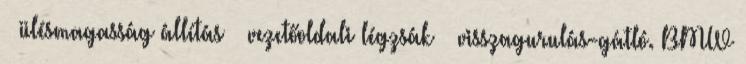
– ülésmagasság állítás – vezetőoldali légzsák – visszagurulás-gátló. BMW